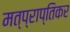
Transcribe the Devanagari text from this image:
मत्प्राप्तिकर